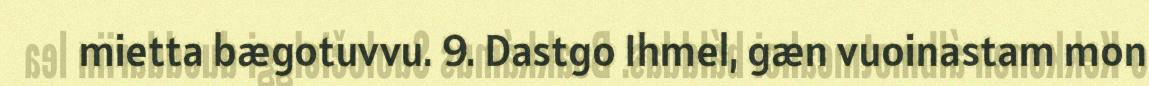
mietta bægotuvvu. 9. Dastgo Ihmel, gæn vuoinastam mon